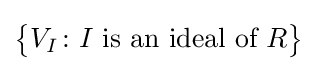
{\big \{}V_{I}\colon I{\text{ is an ideal of }}R{\big \}}